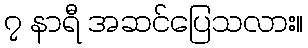
၇ နာရီ အဆင်ပြေသလား။